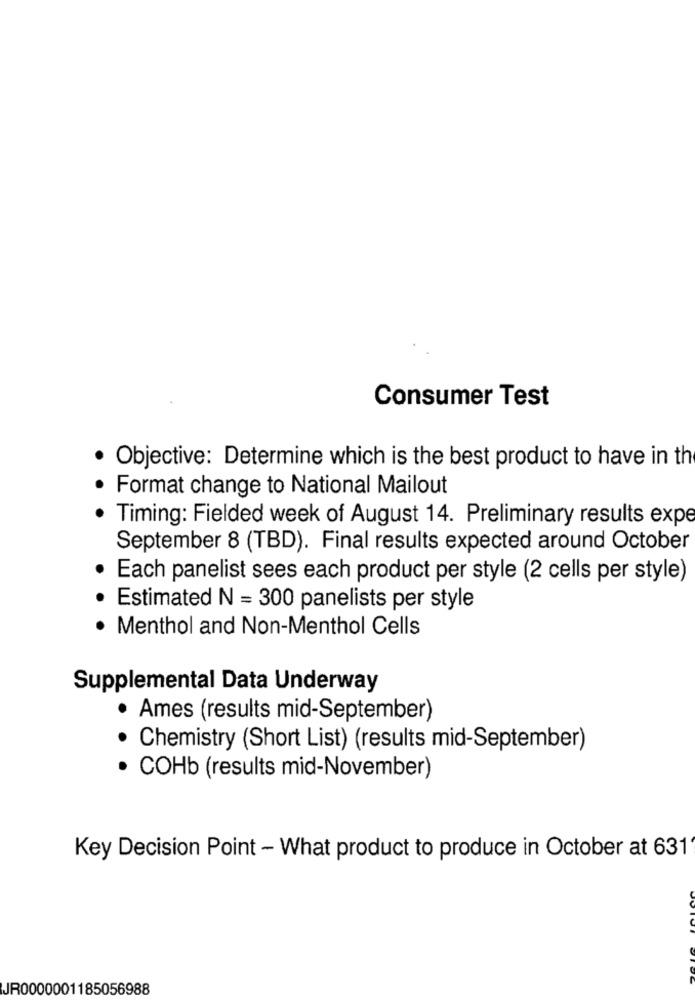
Consumer Test
Objective: Determine which is the best product to have in the
Format change to National Mailout
· Timing: Fielded week of August 14. Preliminary results expe
September 8 (TBD). Final results expected around October
Each panelist sees each product per style (2 cells per style)
Estimated N = 300 panelists per style
Menthol and Non-Menthol Cells
Supplemental Data Underway
Ames (results mid-September)
· Chemistry (Short List) (results mid-September)
· COHb (results mid-November)
Key Decision Point - What product to produce in October at 631
JR0000001185056988